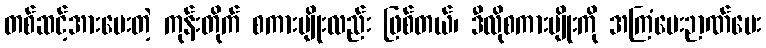
တစ်ဆင့်အားပေးတဲ့ ကုန်းတိုက် စကားမျိုးလည်း ဖြစ်တယ်၊ ဒီလိုစကားမျိုးကို အကြံပေးဉာဏ်ပေး